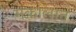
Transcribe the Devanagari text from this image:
मक़ालात